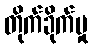
တိုက်ခိုက်မှု